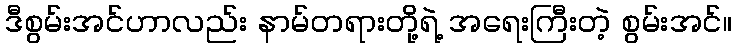
ဒီစွမ်းအင်ဟာလည်း နာမ်တရားတို့ရဲ့ အရေးကြီးတဲ့ စွမ်းအင်။